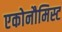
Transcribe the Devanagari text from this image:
एकोनौमिस्ट